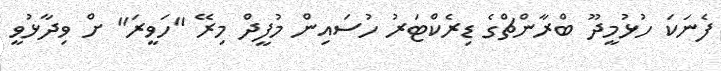
ފެނަކަ ހުޅުމީދޫ ބްރާންޗްގެ ޑިރެކްޓަރު ހުސައިން މުފީދް މިރޭ "ހަވީރަ" ށް ވިދާޅުވީ